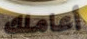
أعاملك